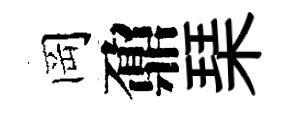
岡鼐琹